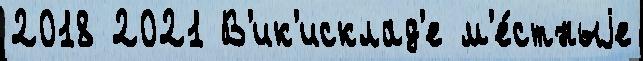
2018 2021 В'ик'исклад'е м'е́стныjе